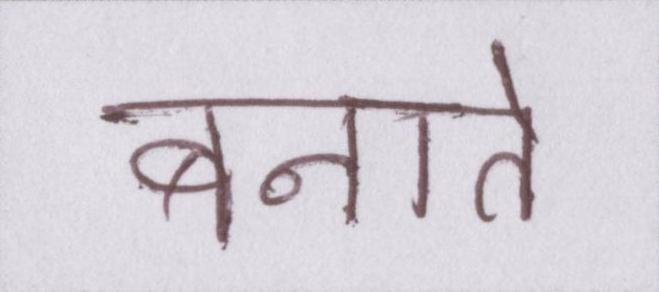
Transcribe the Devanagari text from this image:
बनाते